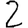
Digit: 2